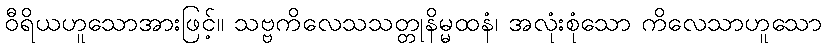
ဝီရိယဟူသောအားဖြင့်။ သဗ္ဗကိလေသသတ္တုနိမ္မထနံ၊ အလုံးစုံသော ကိလေသာဟူသော